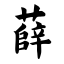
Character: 薛